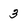
Character: 3